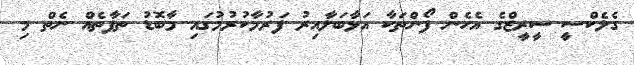
ގެލެކްސީ ސީރީޒްގެ އެހެން ފޯންތަކާ އަޅާބަލާއިރު ފަރުމާކުރުމުގައި މާބޮޑު ތަފާތެއް ނެތް މި